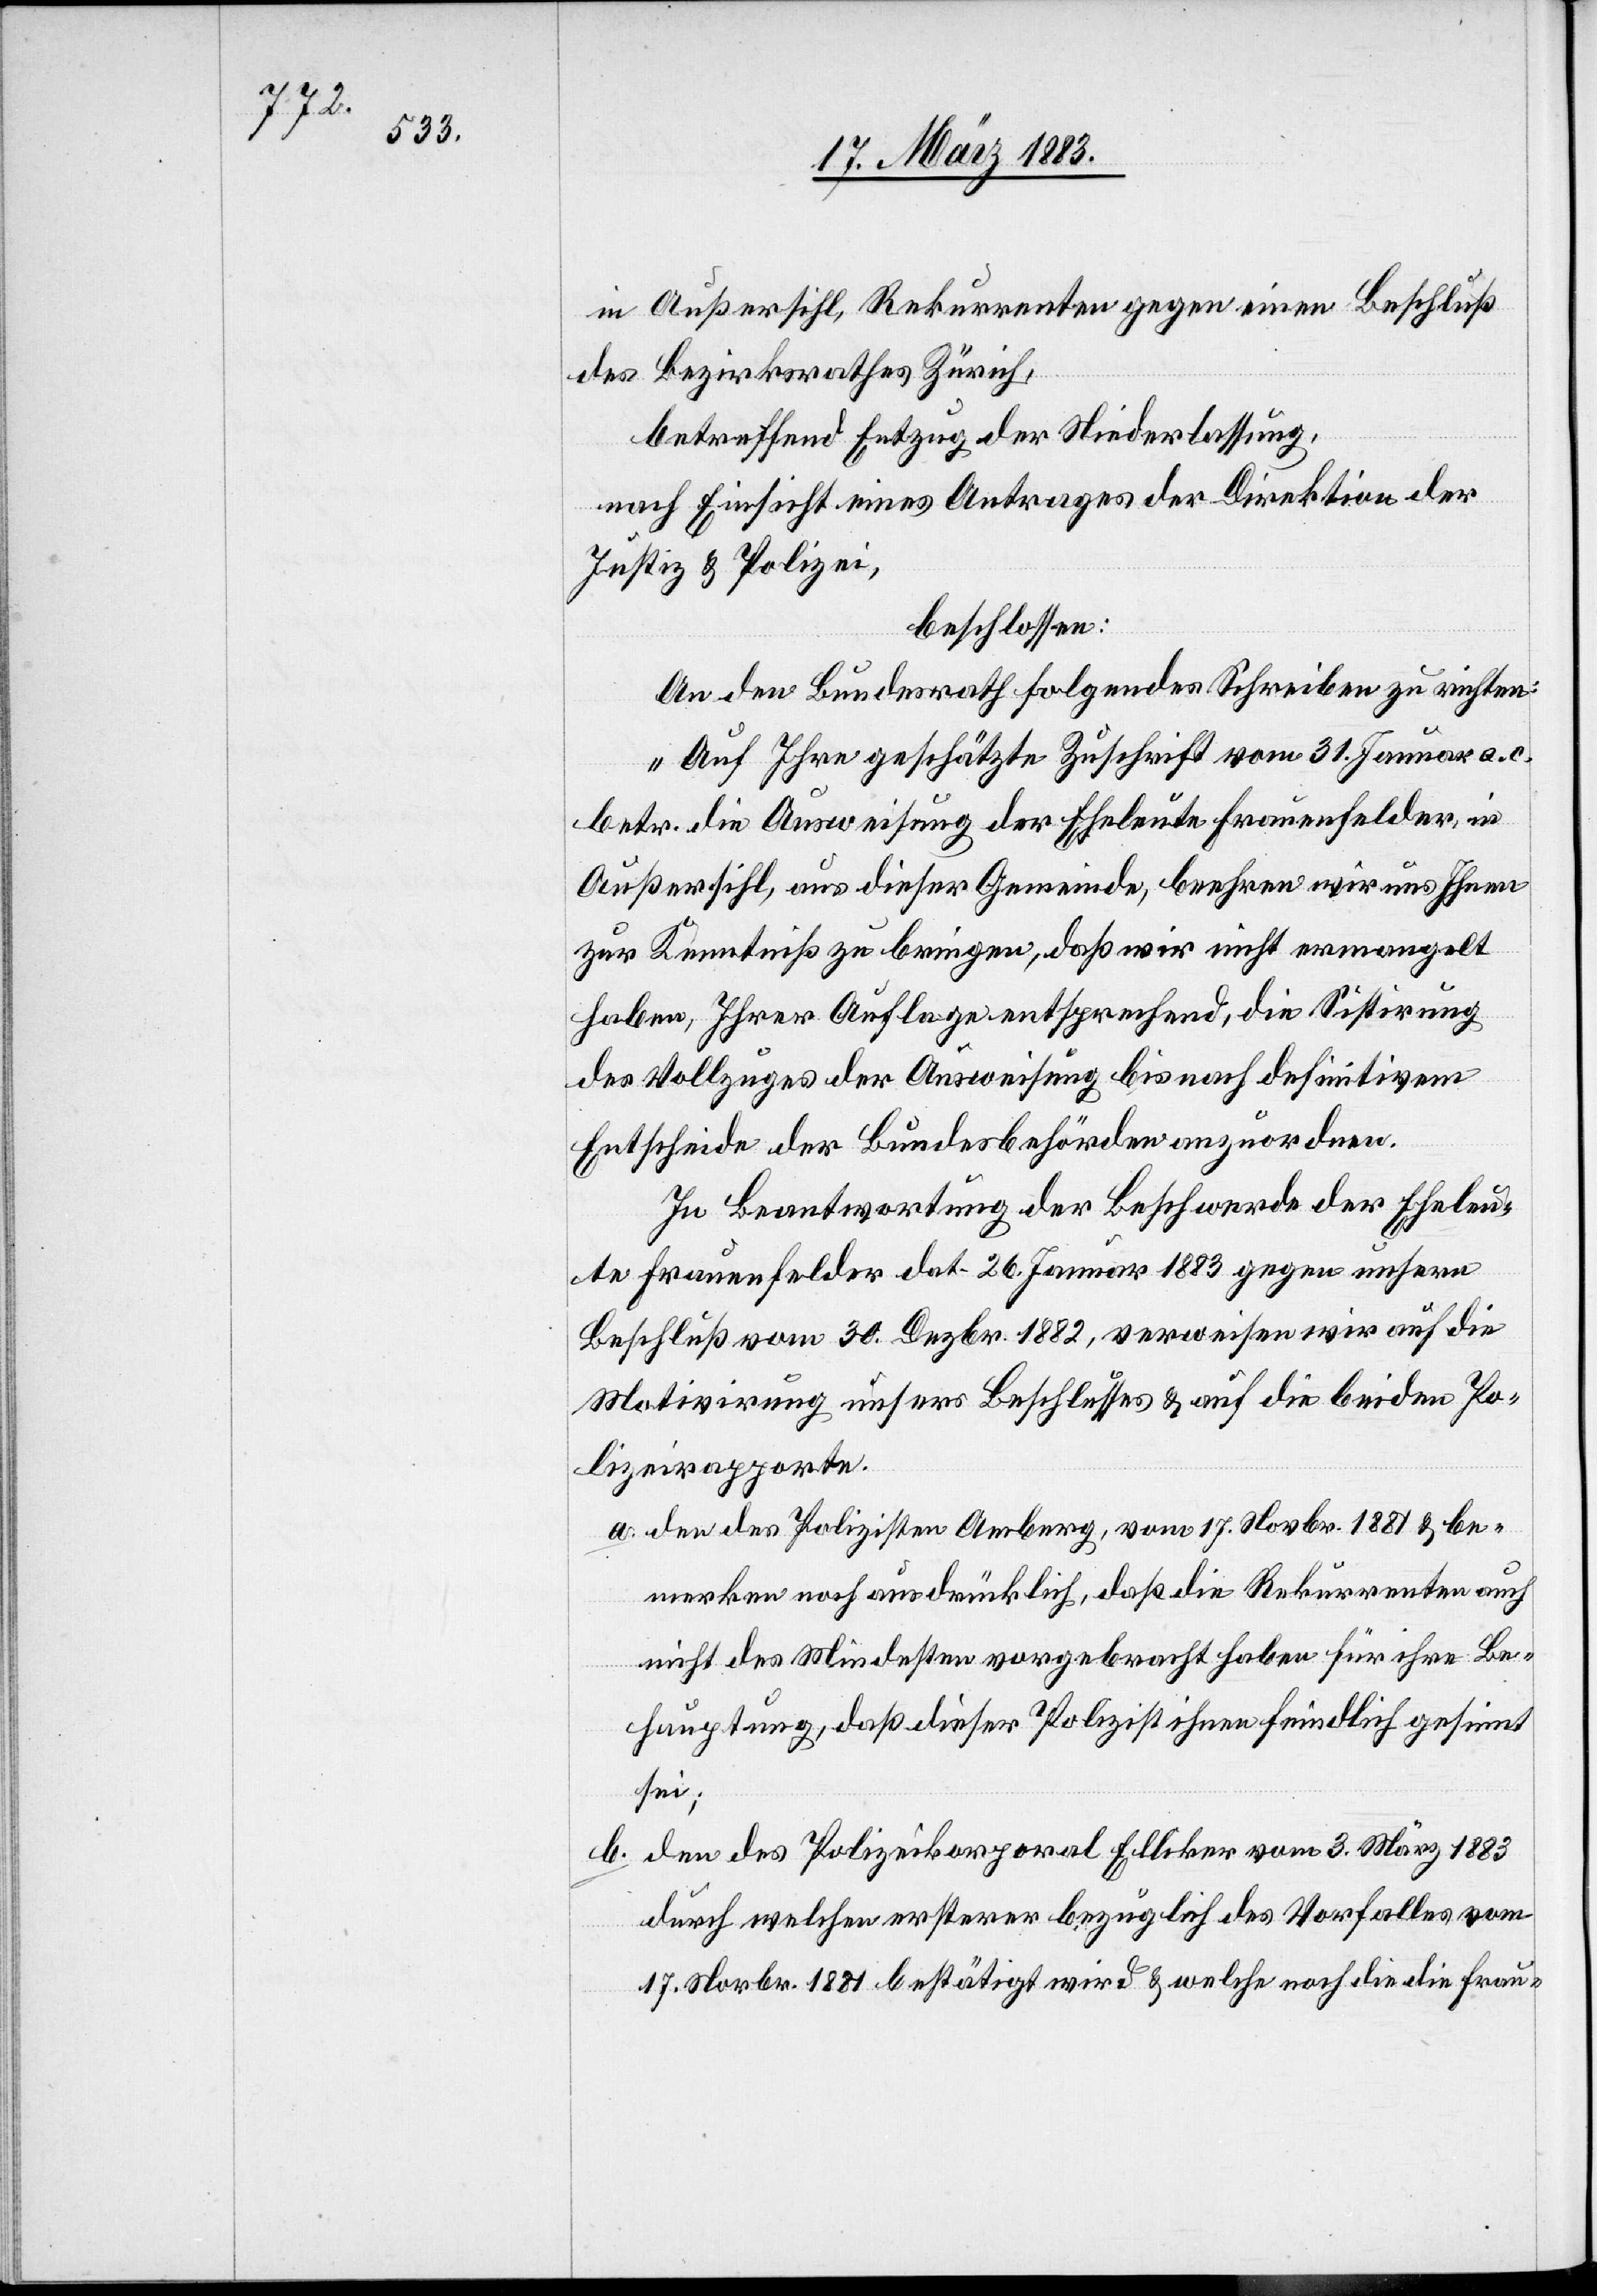
in Außersihl, Rekurrenten gegen einen Beschluß
des Bezirksrathes Zürich,
betreffend Entzug der Niederlassung,
nach Einsicht eines Antrages der Direktion der
Justiz & Polizei,
beschlossen:
An den Bundesrath folgendes Schreiben zu richten:
„Auf Ihre geschätzte Zuschrift vom 31. Januar a. c.
betr. die Ausweisung der Eheleute Frauenfelder, in
Außersihl, aus dieser Gemeinde, beehren wir uns Ihnen
zur Kenntniß zu bringen, daß wir nicht ermangelt
haben, Ihrer Auflage entsprechend, die Sistirung
des Vollzuges der Ausweisung bis nach definitivem
Entscheide der Bundesbehörden anzuordnen.
In Beantwortung der Beschwerde der Eheleu¬
te Frauenfelder dat. 26. Januar 1883 gegen unsern
Beschluß vom 30. Dezbr. 1882, verweisen wir auf die
Motivirung unsers Beschlusses & auf die beiden Po¬
lizeirapporte.
a. den des Polizisten Amberg, vom 17. Novbr. 1881 & be¬
merken noch ausdrücklich, daß die Rekurrenten auch
nicht des Mindesten [sic!] vorgebracht haben für ihre Be¬
hauptung, daß dieser Polizist ihnen feindlich gesinnt
sei;
b. den des Polizeikorporal Elliker vom 3. März 1883
durch welchen ersterer bezüglich des Vorfalles vom
17. Novbr. 1881 bestätigt wird & welche[r] noch die die Frau-